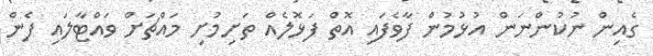
ގެއިން ނުކުންނަން އުޅުމުން ފާވެފައި އޮތް ފަޅޮލެއް ތަށިމުށި މައްޗަށް ވައްޓާލައި ފެން